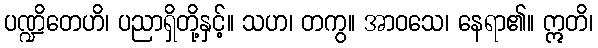
ပဏ္ဍိတေဟိ၊ ပညာရှိတို့နှင့်။ သဟ၊ တကွ။ အာဝသေ၊ နေရာ၏။ ဣတိ၊